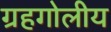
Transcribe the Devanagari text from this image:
ग्रहगोलीय